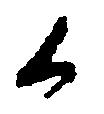
候